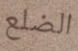
الضلع